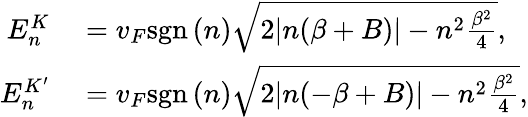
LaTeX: \begin{array}{rl}{E_{n}^{K}}&{{}=v_{F}\mathrm{sgn}\, (n)\sqrt{2|n(\beta+B)|-n^{2}\frac{\beta^{2}}{4}},}\\ {E_{n}^{K^{\prime}}}&{{}=v_{F}\mathrm{sgn}\, (n)\sqrt{2|n(-\beta+B)|-n^{2}\frac{\beta^{2}}{4}},}\end{array}